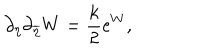
\partial _ { \eta } \partial _ { \overline { { { \eta } } } } W = { \frac { k } { 2 } } e ^ { W } ,